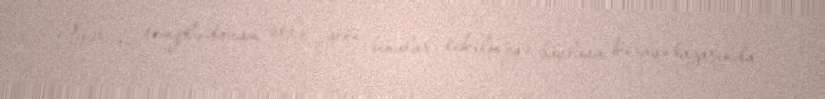
Əgər bu templə davam etsə, yeni binalar tikilməyə başlasa kirayə bazarında